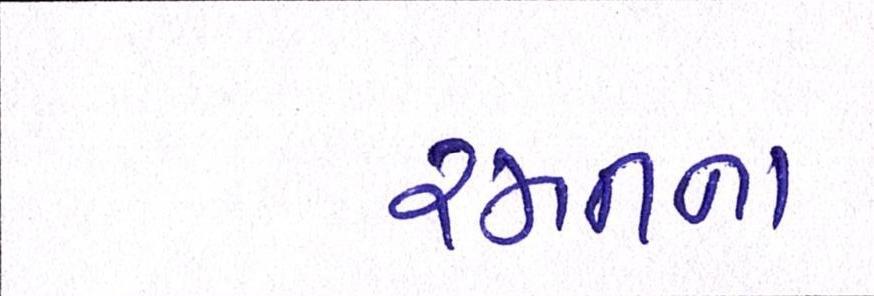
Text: રમતના